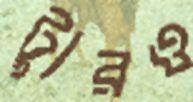
ট্যুরও